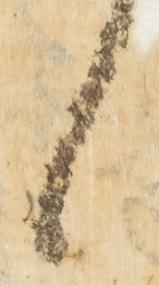
候